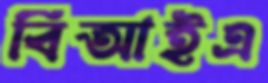
বিআইএ